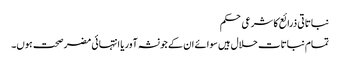
نباتاتی ذرائع کا شرعی حکم
تمام نباتات حلال ہیں سوائے ان کے جو نشہ آور یا انتہائی مضر صحت ہوں۔